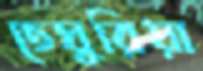
তেঘুরিয়া